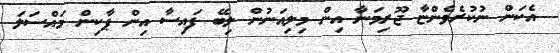
އެކަން ނުކުރެވެންޏާ ޖޫރިމަނާ އިން މިލިއަނުން ލިބޭ ފައިސާ އިން ޕާކިން މައްސަލަ